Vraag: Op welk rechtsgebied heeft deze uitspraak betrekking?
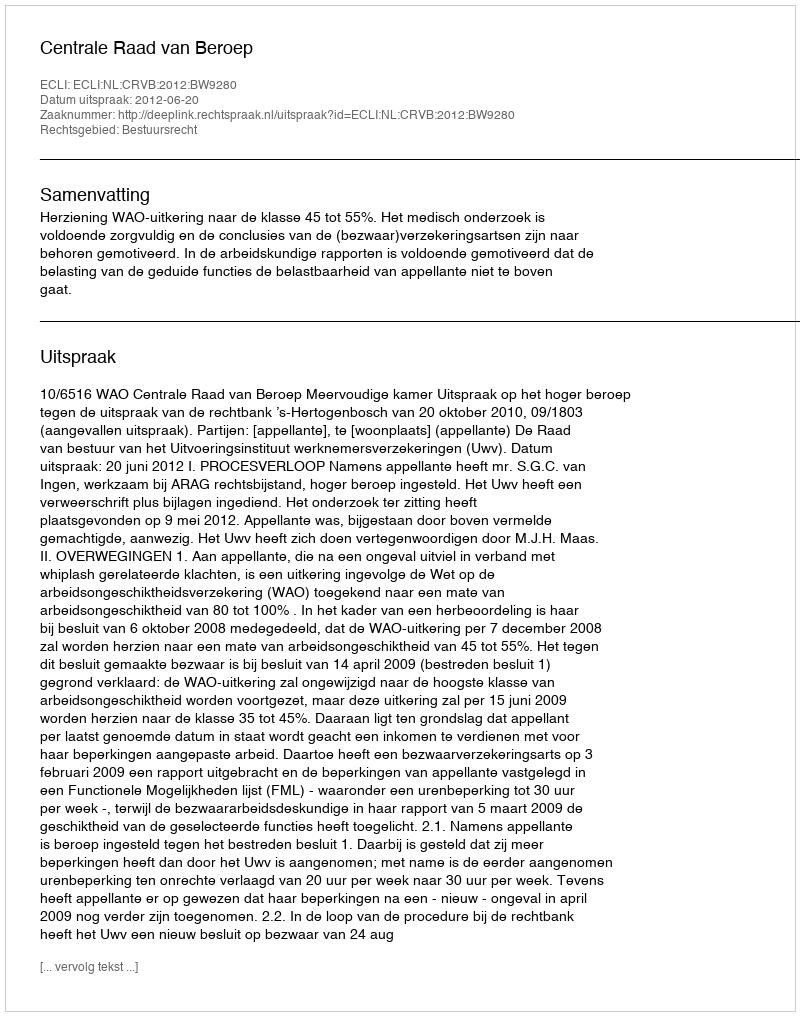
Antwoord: Bestuursrecht